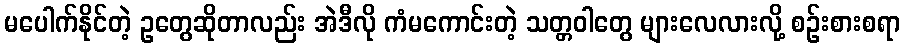
မပေါက်နိုင်တဲ့ ဥတွေဆိုတာလည်း အဲဒီလို ကံမကောင်းတဲ့ သတ္တဝါတွေ များလေလားလို့ စဉ်းစားစရာ